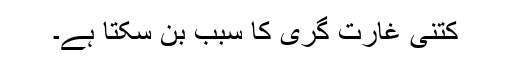
کتنی غارت گری کا سبب بن سکتا ہے۔